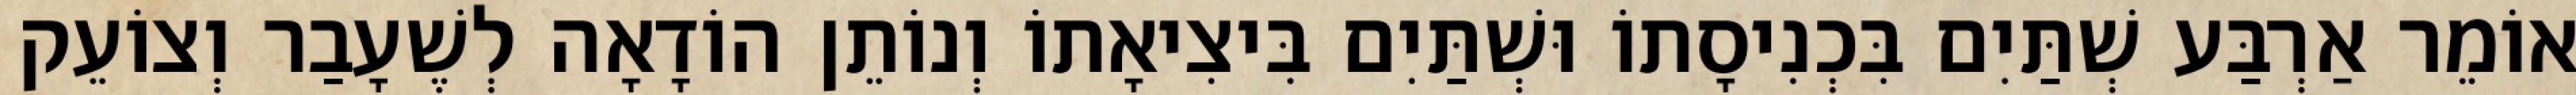
אוֹמֵר אַרְבַּע שְׁתַּיִם בִּכְנִיסָתוֹ וּשְׁתַּיִם בִּיצִיאָתוֹ וְנוֹתֵן הוֹדָאָה לְשֶׁעָבַר וְצוֹעֵק